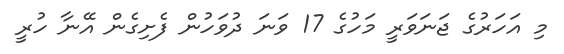
މި އަހަރުގެ ޖަނަވަރީ މަހުގެ 17 ވަނަ ދުވަހުން ފެށިގެން އޭނާ ހުރީ